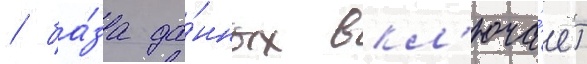
/ ба́за да́нных вкл'юча́ет